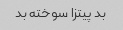
بد پیتزا سوخته بد